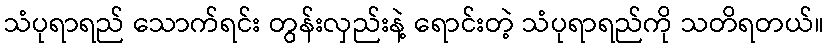
သံပုရာရည် သောက်ရင်း တွန်းလှည်းနဲ့ ရောင်းတဲ့ သံပုရာရည်ကို သတိရတယ်။